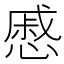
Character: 慼